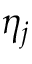
\eta _ { j }